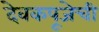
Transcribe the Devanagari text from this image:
देवकपूजेची